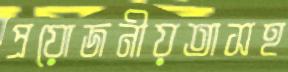
প্রয়োজনীয়তাসহ